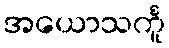
အယောသင်္ကူ